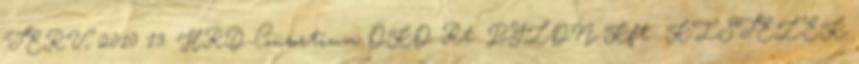
TERV, 2010 13. HRD-Consortium ÖKO Rt. PYLON Kft.: KISTELEK